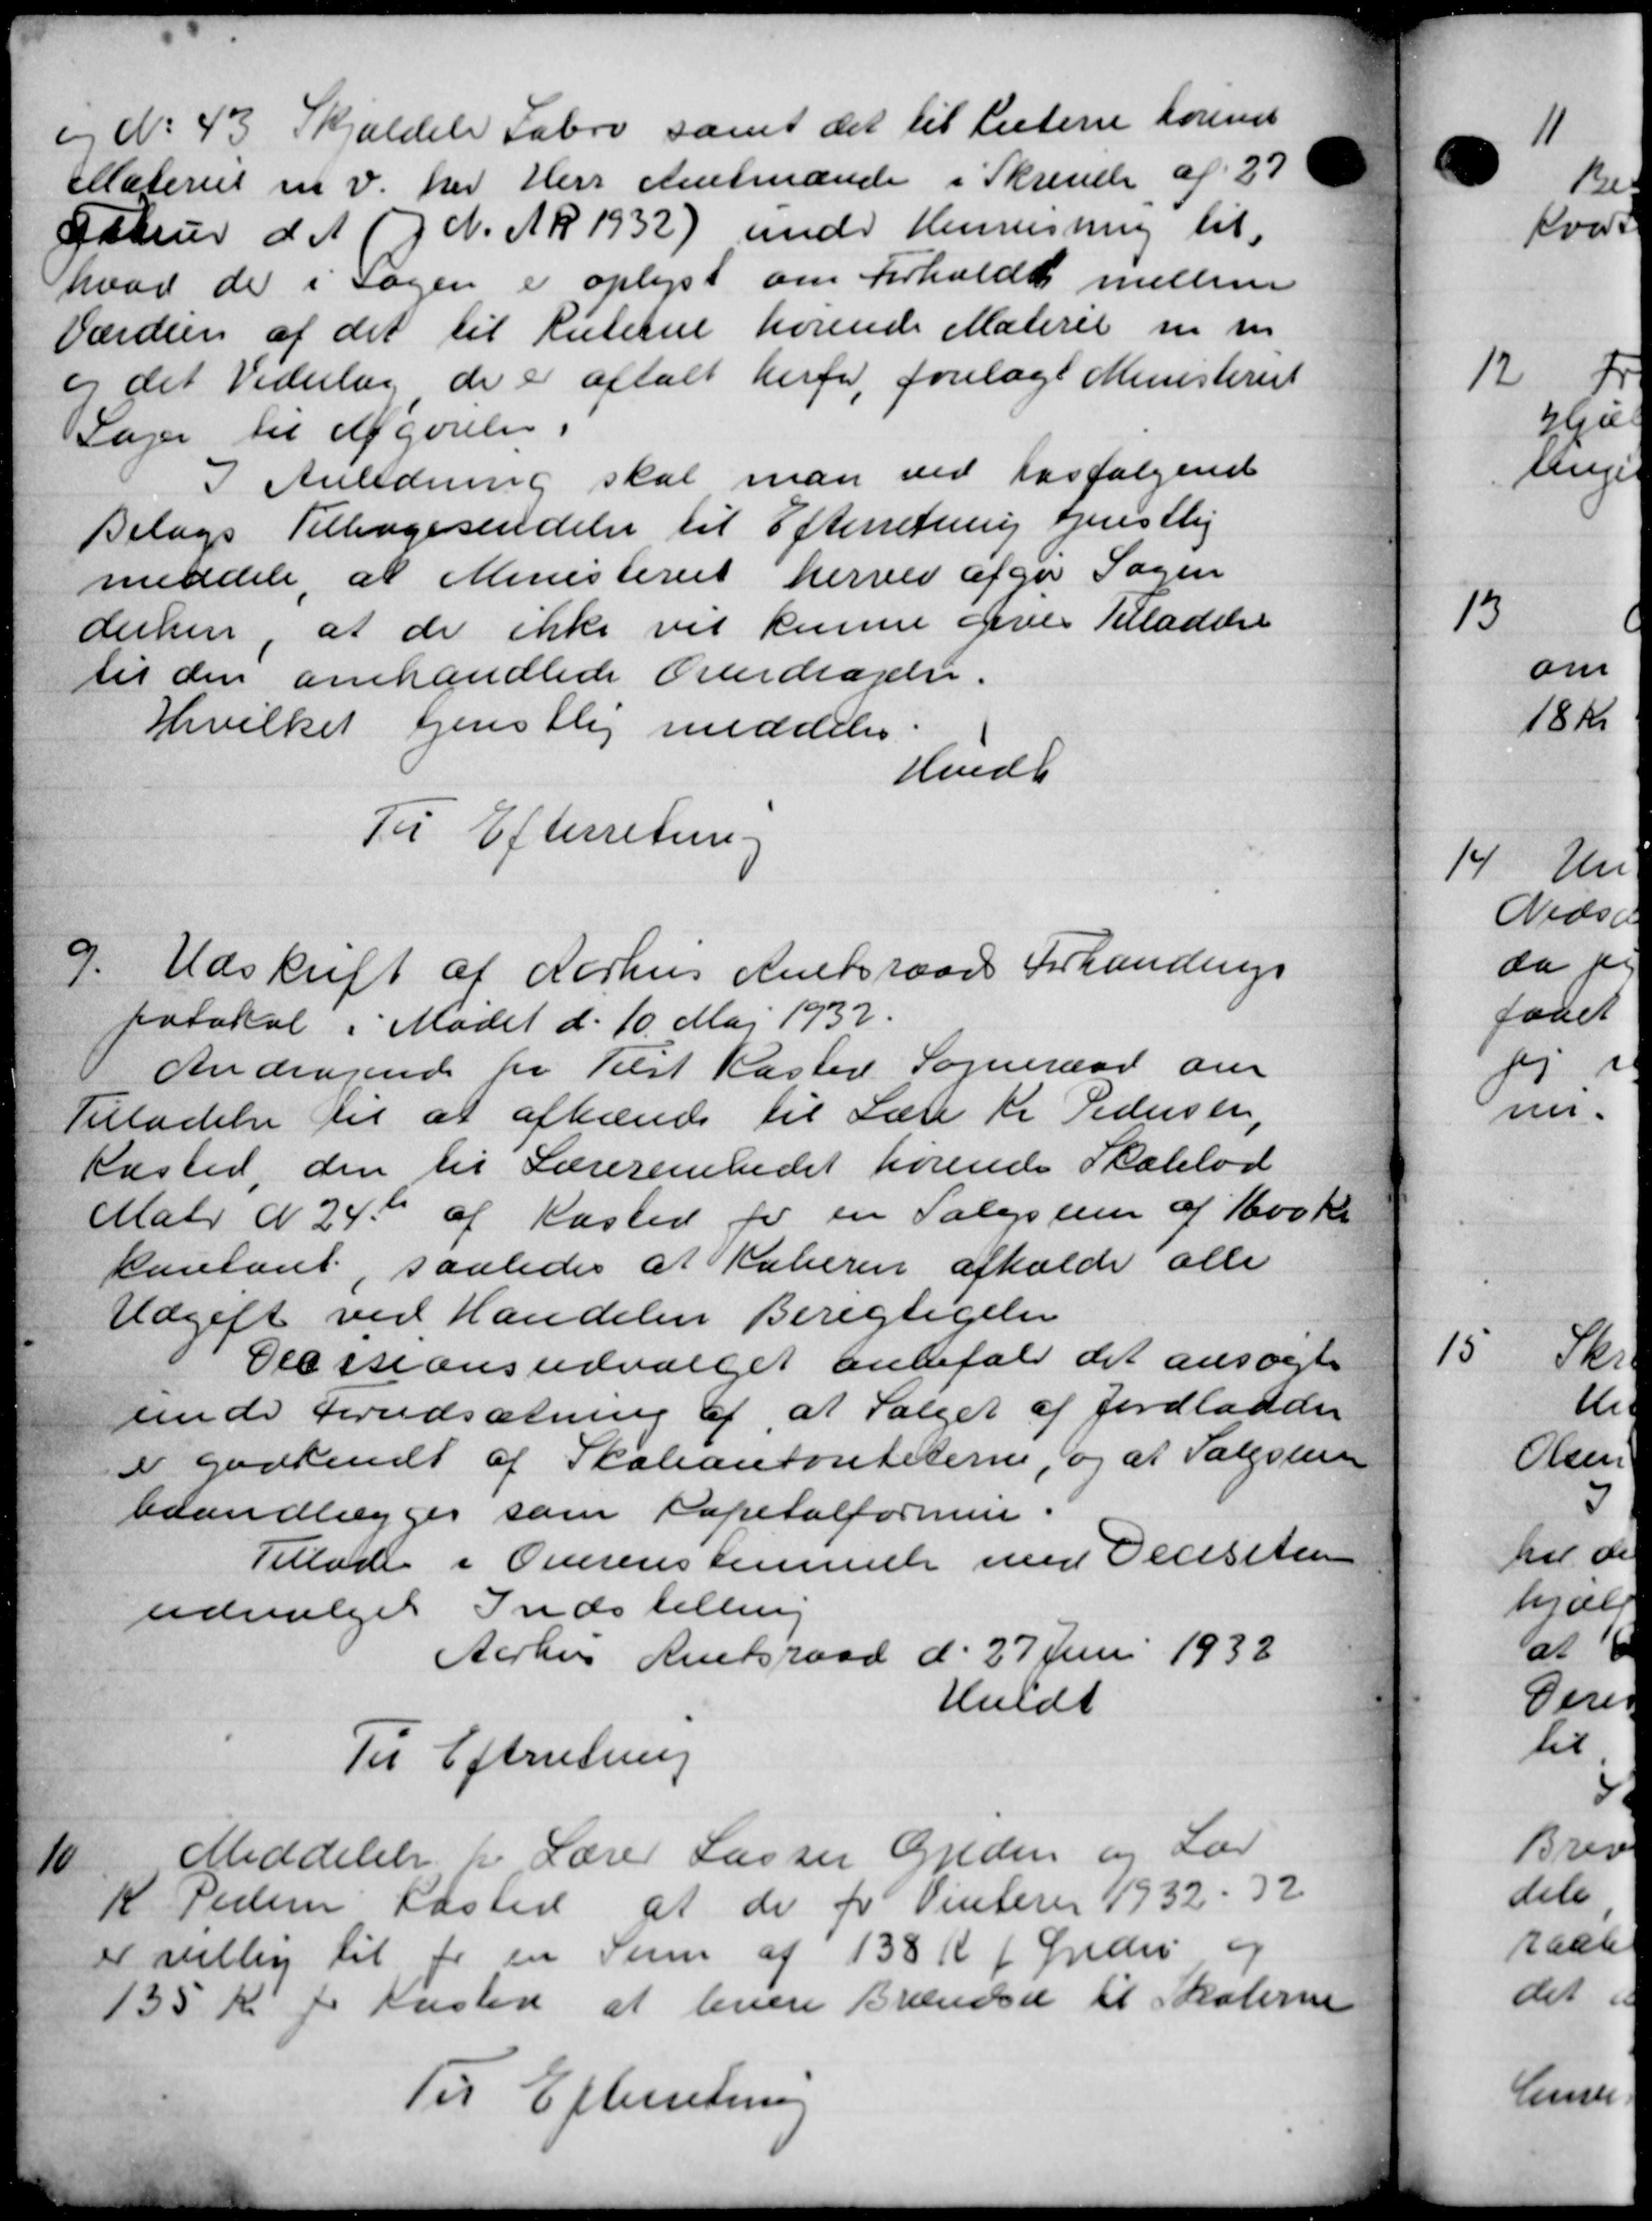
Transskription:
og No 43. Skjældels Fabro samt det til Listerne foren
Materiet m.v. her Hers Amtmande i Skrivelse af 27
Dabur d. A. (D. N. N. R 1932) under Henvisning til
hvad de i Sagen er oplyst om Forholdt mellem
Værdien af det til Ruterne hørende Materie m. m.
or det Vederlag de er aftalt herfor, forelagt Ministeriet
Sager til Afgørelse.
I Anledning skal man ved Fosfølgende
Bilags Tilbagesendelse til Efterretning tjenstlig
meddele, at Ministeriet herved afgør Sagen
derhen, at de ikke vil kunne gives Tilladelse
til den omhandlede Overdragelse.
Hvilket Gjenstlig meddeler
Hvidk
Til Efterretning
9.
Udskrift af Aarhus Amtsraads Forhandings
potokol i Mødet d. 10. Maj 1937.
Andragende for Tilst Kaster Sogneraad om
Tilladelse til at afhænde til Lære Kr. Pedersen,
Kasted, den til Lærerembedet hørende Skolelod
Matr N 24 af Kasted for en Salgsum af 1600 Kr.
kontant, saaledes at Kaberen afholde alle
Udgift ved Handelen Berigtigelse
Plessionsudvalget anbefale det ansøgte
uende forudsætning af, at Salget af Jordladelse
e godkendt af Skoleantoniteterne, og at Valgsen
baandlægges som Kapitalformue.
Tillade i Overenstemmelse med Decisiten
udvalget Indstilling
Aarhus Amtsraad d. 27 Juni 1932
Heldt
Til Efterretning
10
Meddelelse fra Lærer Lassen Gjeden og Lær
K Pedersen Rasted af de for Vinterer 1932 - 32
e villig til for en Sum af 138 K f Gredes og
135 Kr pr Kasten at levere Brændsel til Skolerne
Til Efterretning